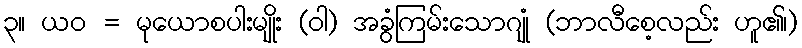
၃။ ယဝ = မုယောစပါးမျိုး (ဝါ) အခွံကြမ်းသောဂျုံ (ဘာလီစေ့လည်း ဟူ၏၊)